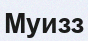
Муизз